Supplement to the account of plague administration in the Bombay Presidency from September 1896 till May 1897
Year: 1896
Disease focus: Plague
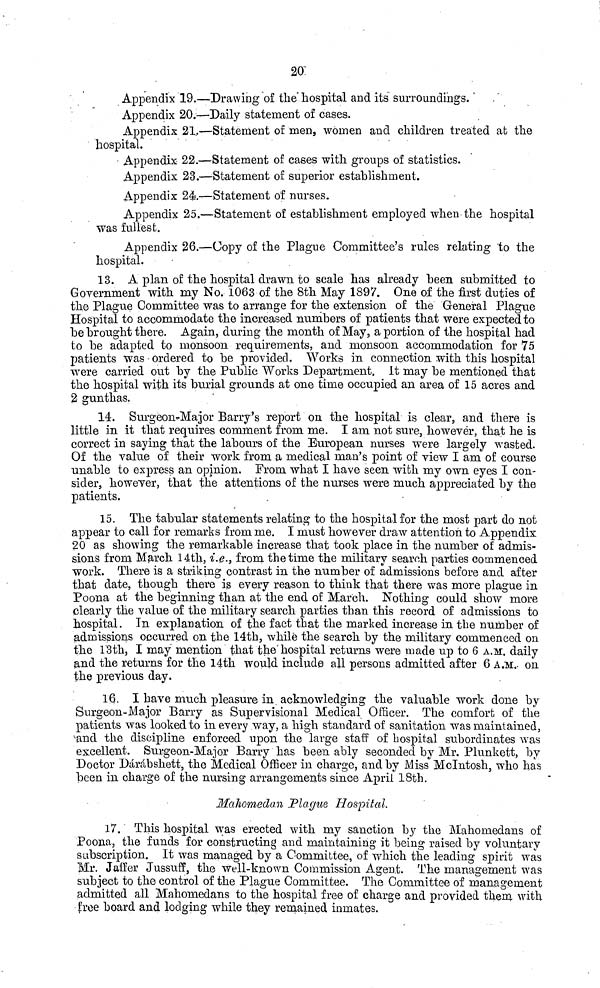
20.
Appendix 19.—Drawing of the hospital and its surroundings.
Appendix 20.—Daily statement of cases.
Appendix 21.-—Statement of men, women and children treated at the
hospital.
Appendix 22.—Statement of cases with groups of statistics.
Appendix 23.—Statement of superior establishment.
Appendix 24.—Statement of nurses.
Appendix 25.—Statement of establishment employed when the hospital
was fullest.
Appendix 26.—Copy of the Plague Committee's rules relating to the
hospital.
13. A plan of the hospital drawn to scale has already been submitted to
Government with my No. 1063 of the 8th May 1897. One of the first duties of
the Plague Committee was to arrange for the extension of the General Plague
Hospital to accommodate the increased numbers of patients that were expected to
be brought there. Again, during the month of May, a portion of the hospital had
to be adapted to monsoon requirements, and monsoon accommodation for 75
patients was ordered to be provided. Works in connection with this hospital
were carried out by the Public Works Department. It may be mentioned that
the hospital with its burial grounds at one time occupied an area of 15 acres and
2 gunthas.
14. Surgeon-Major Barry's report on the hospital is clear, and there is
little in it that requires comment from me. I am not sure, however, that he is
correct in saying that the labours of the European nurses were largely wasted.
Of the value of their work from a medical man's point of view I am of course
unable to express an opinion. From, what I have seen with my own eyes I con-
sider, however, that the attentions of the nurses were much appreciated by the
patients.
15. The tabular statements relating to the hospital for the most part do not
appear to call for remarks from me. I must however draw attention to Appendix
20 as showing the remarkable increase that took place in the number of admis-
sions from March 14th, i.e., from the time the military search parties commenced
work. There is a striking contrast in the number of admissions before and after
that date, though there is every reason to think that there was more plague in
Poona at the beginning than at the end of March. Nothing could show more
clearly the value of the military search parties than this record of admissions to
hospital. In explanation of the fact that the marked increase in the number of
admissions occurred on the 14th, while the search by the military commenced on
the 13th, I may mention that the hospital returns were made up to 6 A.M. daily
and the returns for the 14th would include all persons admitted after 6 A.M. on
the previous day.
16. I have much pleasure in acknowledging the valuable work done by
Surgeon-Major Barry as Supervisional Medical Officer. The comfort of the
patients was looked to in every way, a high standard of sanitation was maintained,
and the discipline enforced upon the large staff of hospital subordinates was
excellent. Surgeon-Major Barry has been ably seconded by Mr. Plunkett, by
Doctor Dárábshett, the Medical Officer in charge, and by Miss McIntosh, who has
been in charge of the nursing arrangements since April 18th.
Mahomedan Plague Hospital.
17. This hospital was erected with my sanction by the Mahomedans of
Poona, the funds for constructing and maintaining it being raised by voluntary
subscription. It was managed by a Committee, of which the leading spirit was
Mr. Jaffer Jussuff, the well-known Commission Agent. The management was
subject to the control of the Plague Committee. The Committee of management
admitted all Mahomedans to the hospital free of charge and provided them with
free board and lodging while they remained inmates.